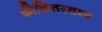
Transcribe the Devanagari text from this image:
कीर्कित्तस्तम्भ